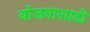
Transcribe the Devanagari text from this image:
योजनासाठी